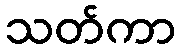
သတ်ကာ